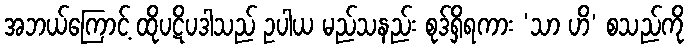
အဘယ်ကြောင့် ထိုပဋိပဒါသည် ဥပါယ မည်သနည်း စုဒ်ရှိရကား ‘သာ ဟိ’ စသည်ကို